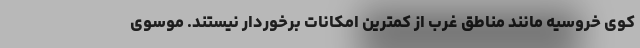
کوی خروسیه مانند مناطق غرب از کمترین امکانات برخوردار نیستند. موسوی